Lunatic asylums in Bengal annual reports 1899-1911 - 1899-1911
Year: 1899
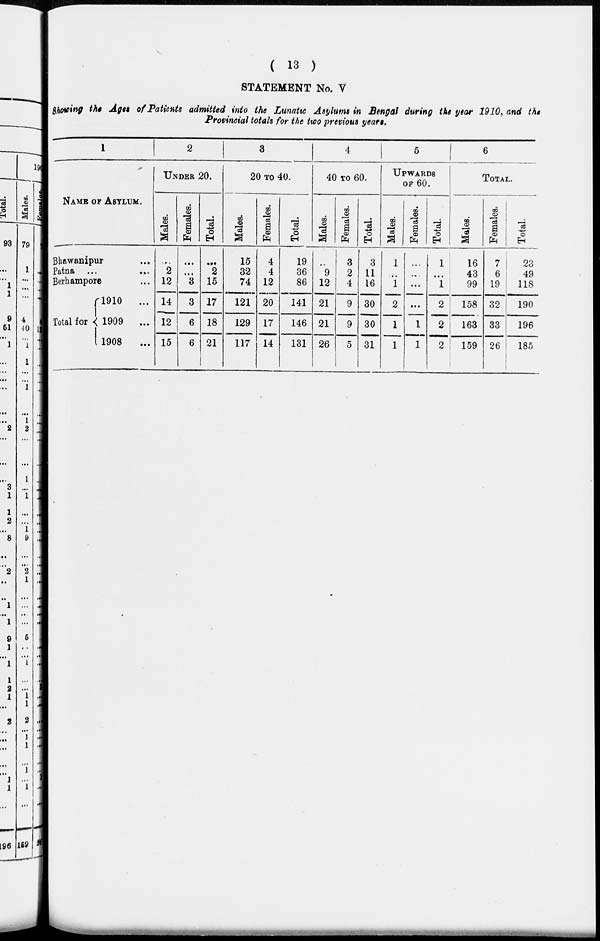
( 13 )
STATEMENT No. V
Showing the Ages of Patients admitted into the Lunatic Asylums in Bengal during the year 1910, and the
Provincial totals for the two previous years.
1
NAME OF ASYLUM.
Bhawanipur ...
Patna ...
...
Berhampore ...
Total for
1910
...
1909
...
1908
...
2
UNDER 20.
Males.
...
2
12
14
12
15
Females.
...
...
3
3
6
6
Total.
...
2
15
17
18
21
3
20 TO 40.
Males.
15
32
74
121
129
117
Females.
4
4
12
20
17
14
Total.
19
36
86
141
146
131
4
40 TO 60.
Males.
...
9
12
21
21
26
Females.
3
2
4
9
9
5
Total.
3
11
16
30
30
31
5
UPWARDS
OF 60.
Males.
1
...
1
2
1
1
Females.
...
...
...
...
1
1
Total.
1
...
1
2
2
2
6
TOTAL.
Males.
16
43
99
158
163
159
Females.
7
6
19
32
33
26
Total.
23
49
118
190
196
185